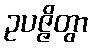
ဥပဇ္ဇိတွာ